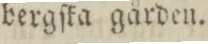
bergſka gården.